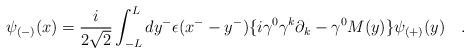
\begin{align*}\psi_{(-)}(x)=\frac{i}{2\sqrt{2}}\int_{-L}^L dy^{-} \epsilon(x^- -y^-)\{i\gamma^0\gamma^k\partial_k -\gamma^0M(y)\}\psi_{(+)}(y) \quad. \end{align*}